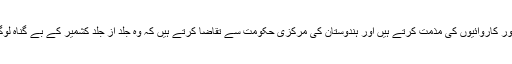
ہم ہندوستان کے زیر نگرانی کشمیر اور دوسرے مقامات پر ان غیر انسانی حوادث اور کاروائیوں کی مذمت کرتے ہیں اور ہندوستان کی مرکزی حکومت سے تقاضا کرتے ہیں کہ وہ جلد از جلد کشمیر کے بے گناہ لوگوں کے حقوق کی رعائت کرتے ہوئے اپنے ظلم و ستم اور ان جرائم کو ختم کرے ۔